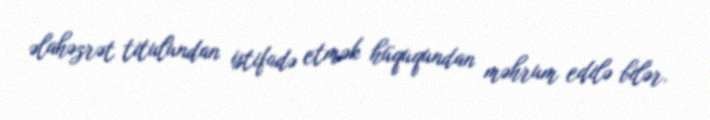
əlahəzrət titulundan istifadə etmək hüququndan məhrum edilə bilər.